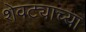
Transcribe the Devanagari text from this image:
शेवट्याच्या